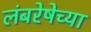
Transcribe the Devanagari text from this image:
लंबरेषेच्या